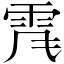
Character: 𩂑